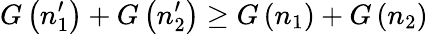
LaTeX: G\left(n_{1}^{\prime}\right)+G\left(n_{2}^{\prime}\right)\ge G\left(n_{1}\right)+G\left(n_{2}\right)